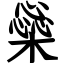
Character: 橤